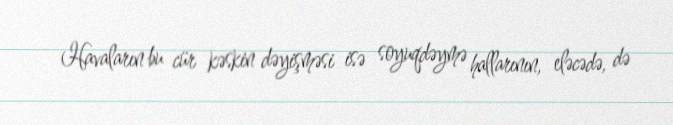
Havaların bu cür kəskin dəyişməsi isə soyuqdəymə hallarının, eləcədə, də